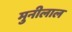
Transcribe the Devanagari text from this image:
मुनीलाल